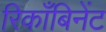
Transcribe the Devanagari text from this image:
रिकाँबिनेंट